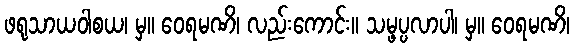
ဖရုသာယဝါစယ၊ မှ။ ဝေရမဏိ၊ လည်းကောင်း။ သမ္ဖပ္ပလာပါ၊ မှ။ ဝေရမဏိ၊